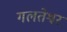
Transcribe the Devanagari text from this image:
गलतेश्वर